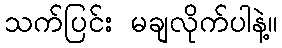
သက်ပြင်း မချလိုက်ပါနဲ့။